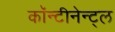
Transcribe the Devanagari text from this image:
कॉन्टीनेन्ट्ल